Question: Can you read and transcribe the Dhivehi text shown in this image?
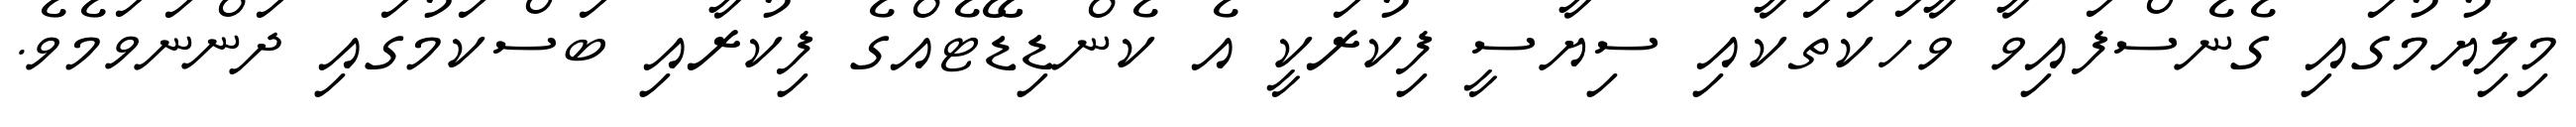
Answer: މިލިޔުމުގައި ގެނެސްފައިވާ ވާހަކަތަކާއި ސިޔާސީ ފިކުރަކީ އެ ކެންޑިޑޭޓެއްގެ ފިކުރާއި ބަސްކަމުގައި ދަންނަވަމެވެ.